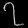
Digit: ၇